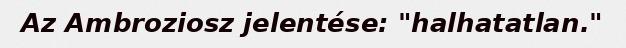
Az Ambroziosz jelentése: "halhatatlan."